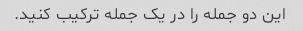
این دو جمله را در یک جمله ترکیب کنید.